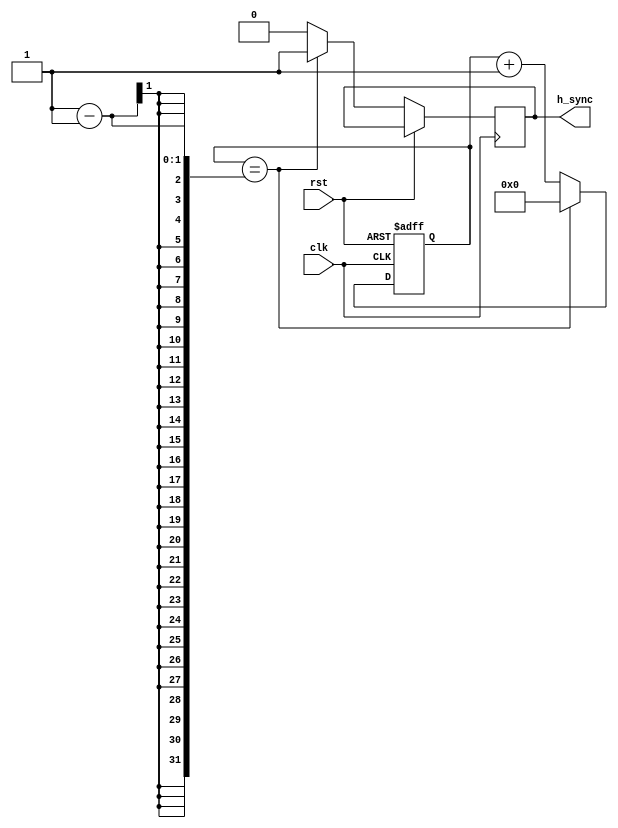
module hsync_vga(
    input wire clk,
    input wire rst,
    output reg h_sync
);

reg [10:0] h_counter;

always @(posedge clk or posedge rst)
begin
    if(rst)
        h_counter <= 0;
    else
    begin
        if(h_counter == H_RES-1)
        begin
            h_counter <= 0;
            h_sync <= 1;
        end
        else
        begin
            h_counter <= h_counter + 1;
            h_sync <= 0;
        end
    end
end
endmodule